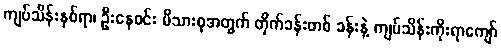
ကျပ်သိန်းနှစ်ရာ၊ ဦးနေဝင်း မိသားစုအတွက် တိုက်ခန်းတစ် ခန်းနဲ့ ကျပ်သိန်းကိုးရာကျော်